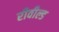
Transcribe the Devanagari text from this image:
रीवील्ड